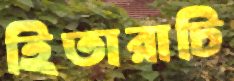
হিতারাচি